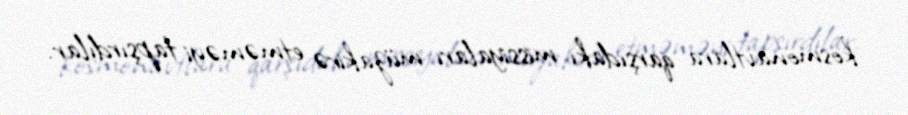
kosmonavtlara qarşıdakı missiyaları müzakirə etməməyi tapşırdılar.